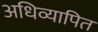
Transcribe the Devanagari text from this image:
अधिव्यापित